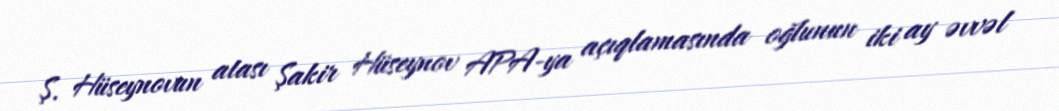
Ş. Hüseynovun atası Şakir Hüseynov APA-ya açıqlamasında oğlunun iki ay əvvəl